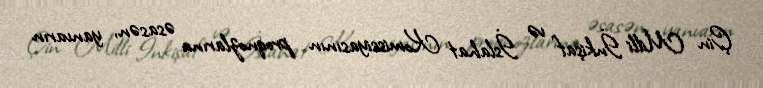
Çin Milli İnkişaf və İslahat Komissiyasının proqnozlarına əsasən, yanvarın